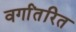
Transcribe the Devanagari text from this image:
वर्गांतरित